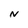
Character: N